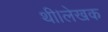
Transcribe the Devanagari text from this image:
थी।लेखक